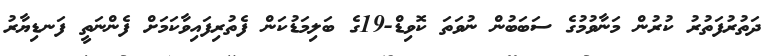
ދަތުރުފަތުރު ކުރުން މަނާވުމުގެ ސަބަބުން ނުވަތަ ކޮވިޑް-19ގެ ބަލިމަޑުކަން ފެތުރިފައިވާކަމަށް ފެންނަތީ ފަނޑިޔާރު